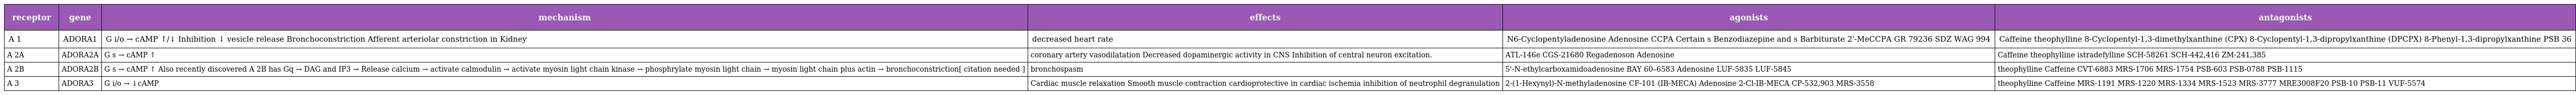
| receptor | gene | mechanism | effects | agonists | antagonists |
 | --- | --- | --- | --- | --- | --- |
 | A 1 | ADORA1 | G i/o → cAMP ↑/↓ Inhibition ↓ vesicle release Bronchoconstriction Afferent arteriolar constriction in Kidney | decreased heart rate | N6-Cyclopentyladenosine Adenosine CCPA Certain s Benzodiazepine and s Barbiturate 2'-MeCCPA GR 79236 SDZ WAG 994 | Caffeine theophylline 8-Cyclopentyl-1,3-dimethylxanthine (CPX) 8-Cyclopentyl-1,3-dipropylxanthine (DPCPX) 8-Phenyl-1,3-dipropylxanthine PSB 36 |
 | A 2A | ADORA2A | G s → cAMP ↑ | coronary artery vasodilatation Decreased dopaminergic activity in CNS Inhibition of central neuron excitation. | ATL-146e CGS-21680 Regadenoson Adenosine | Caffeine theophylline istradefylline SCH-58261 SCH-442,416 ZM-241,385 |
 | A 2B | ADORA2B | G s → cAMP ↑ Also recently discovered A 2B has Gq → DAG and IP3 → Release calcium → activate calmodulin → activate myosin light chain kinase → phosphrylate myosin light chain → myosin light chain plus actin → bronchoconstriction[ citation needed ] | bronchospasm | 5'-N-ethylcarboxamidoadenosine BAY 60–6583 Adenosine LUF-5835 LUF-5845 | theophylline Caffeine CVT-6883 MRS-1706 MRS-1754 PSB-603 PSB-0788 PSB-1115 |
 | A 3 | ADORA3 | G i/o → ↓cAMP | Cardiac muscle relaxation Smooth muscle contraction cardioprotective in cardiac ischemia inhibition of neutrophil degranulation | 2-(1-Hexynyl)-N-methyladenosine CF-101 (IB-MECA) Adenosine 2-Cl-IB-MECA CP-532,903 MRS-3558 | theophylline Caffeine MRS-1191 MRS-1220 MRS-1334 MRS-1523 MRS-3777 MRE3008F20 PSB-10 PSB-11 VUF-5574 |